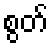
စွတ်